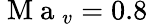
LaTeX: \mathrm{~M~a~}_{v}=0.8